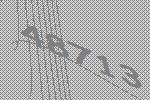
48713